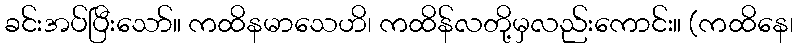
ခင်းအပ်ပြီးသော်။ ကထိနမာသေဟိ၊ ကထိန်လတို့မှလည်းကောင်း။ (ကထိနေ၊